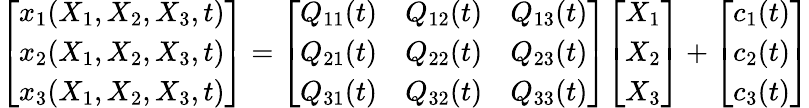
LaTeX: {\left[\begin{array}{l}{x_{1}(X_{1},X_{2},X_{3},t)}\\ {x_{2}(X_{1},X_{2},X_{3},t)}\\ {x_{3}(X_{1},X_{2},X_{3},t)}\end{array}\right]}={\left[\begin{array}{lll}{Q_{11}(t)}&{Q_{12}(t)}&{Q_{13}(t)}\\ {Q_{21}(t)}&{Q_{22}(t)}&{Q_{23}(t)}\\ {Q_{31}(t)}&{Q_{32}(t)}&{Q_{33}(t)}\end{array}\right]}{\left[\begin{array}{l}{X_{1}}\\ {X_{2}}\\ {X_{3}}\end{array}\right]}+{\left[\begin{array}{l}{c_{1}(t)}\\ {c_{2}(t)}\\ {c_{3}(t)}\end{array}\right]}